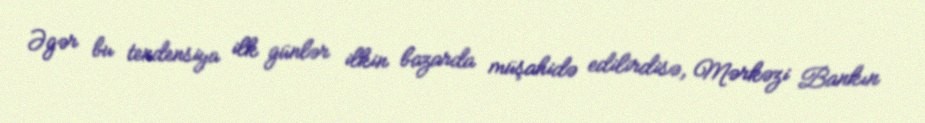
Əgər bu tendensiya ilk günlər ilkin bazarda müşahidə edilirdisə, Mərkəzi Bankın